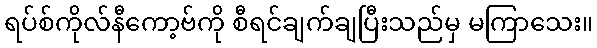
ရပ်စ်ကိုလ်နီကော့ဗ်ကို စီရင်ချက်ချပြီးသည်မှ မကြာသေး။